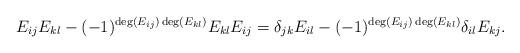
LaTeX: \begin{align*}E_{ij}E_{kl} - (-1)^{\deg(E_{ij})\deg(E_{kl})}E_{kl}E_{ij} =\delta_{jk} E_{il} - (-1)^{\deg(E_{ij})\deg(E_{kl})} \delta_{il} E_{kj}.\end{align*}